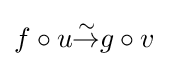
f\circ u{\overset {\sim }{\to }}g\circ v